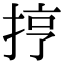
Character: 㧸